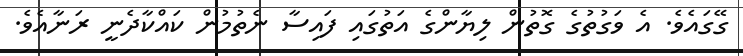
ގޭގައެވެ. އެ ވަގުތުގެ ގޮތުން ލިޔާންގެ އަތުގައި ފައިސާ ނެތުމުން ކައްކާދެނީ ރަނާއެވެ.